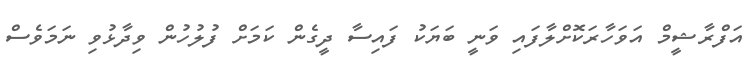
އަފްރާޝީމް އަވަހާރަކޮށްލާފައި ވަނީ ބަޔަކު ފައިސާ ދީގެން ކަމަށް ފުލުހުން ވިދާޅުވި ނަމަވެސް